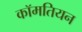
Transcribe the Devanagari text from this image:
कॉमतियन